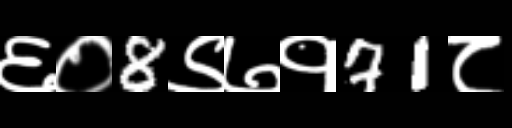
Text: ६०8९७१71८